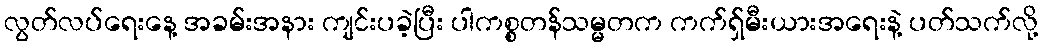
လွတ်လပ်ရေးနေ့ အခမ်းအနား ကျင်းပခဲ့ပြီး ပါကစ္စတန်သမ္မတက ကက်ရှ်မီးယားအရေးနဲ့ ပတ်သက်လို့